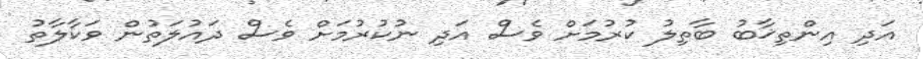
އަދި އިންތިޚާބު ބާތިލު ކުރުމަށް ވެސް އަދި ނުކުރުމަށް ވެސް ދައުލަތުން ވަކާލާތު